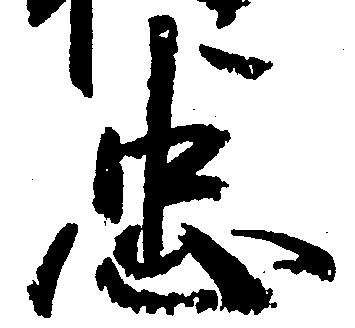
忠